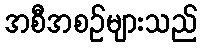
အစီအစဉ်များသည်